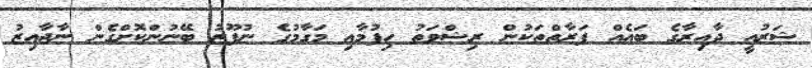
ޝަރުއީ ދާއިރާގެ ބައެއް ފަރާތްތަކުން ރިޝްވަތު ހިފުމާއި މަގާމުގެ ނުފޫޒު ބޭނުންކޮށްގެން ނާޖާއިޒު